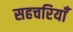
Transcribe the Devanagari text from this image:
सहचरियाँ